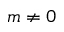
m \ne 0